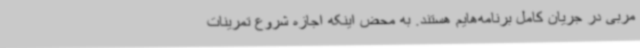
مربی در جریان کامل برنامه‌هایم هستند. به محض اینکه اجازه شروع تمرینات